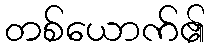
တစ်ယောက်၏